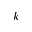
k